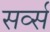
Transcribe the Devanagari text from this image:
सर्व्स